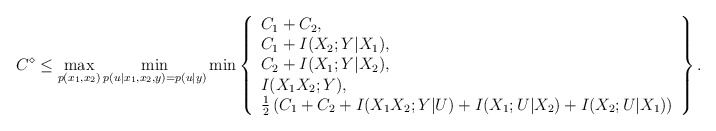
\begin{align*}C^{\diamond}\leq \max_{p(x_1,x_2)}\min_{p(u|x_1,x_2,y)=p(u|y)}\min\left\{\begin{array}{l}C_1+C_2,\\C_1+I(X_2;Y|X_1),\\C_2+I(X_1;Y|X_2),\\ I(X_1X_2;Y),\\\frac{1}{2}\left( C_1+C_2+I(X_{1}X_{2};Y|U)+I(X_{1};U|X_{2})+I(X_{2};U|X_{1})\right)\end{array}\right\}.\end{align*}